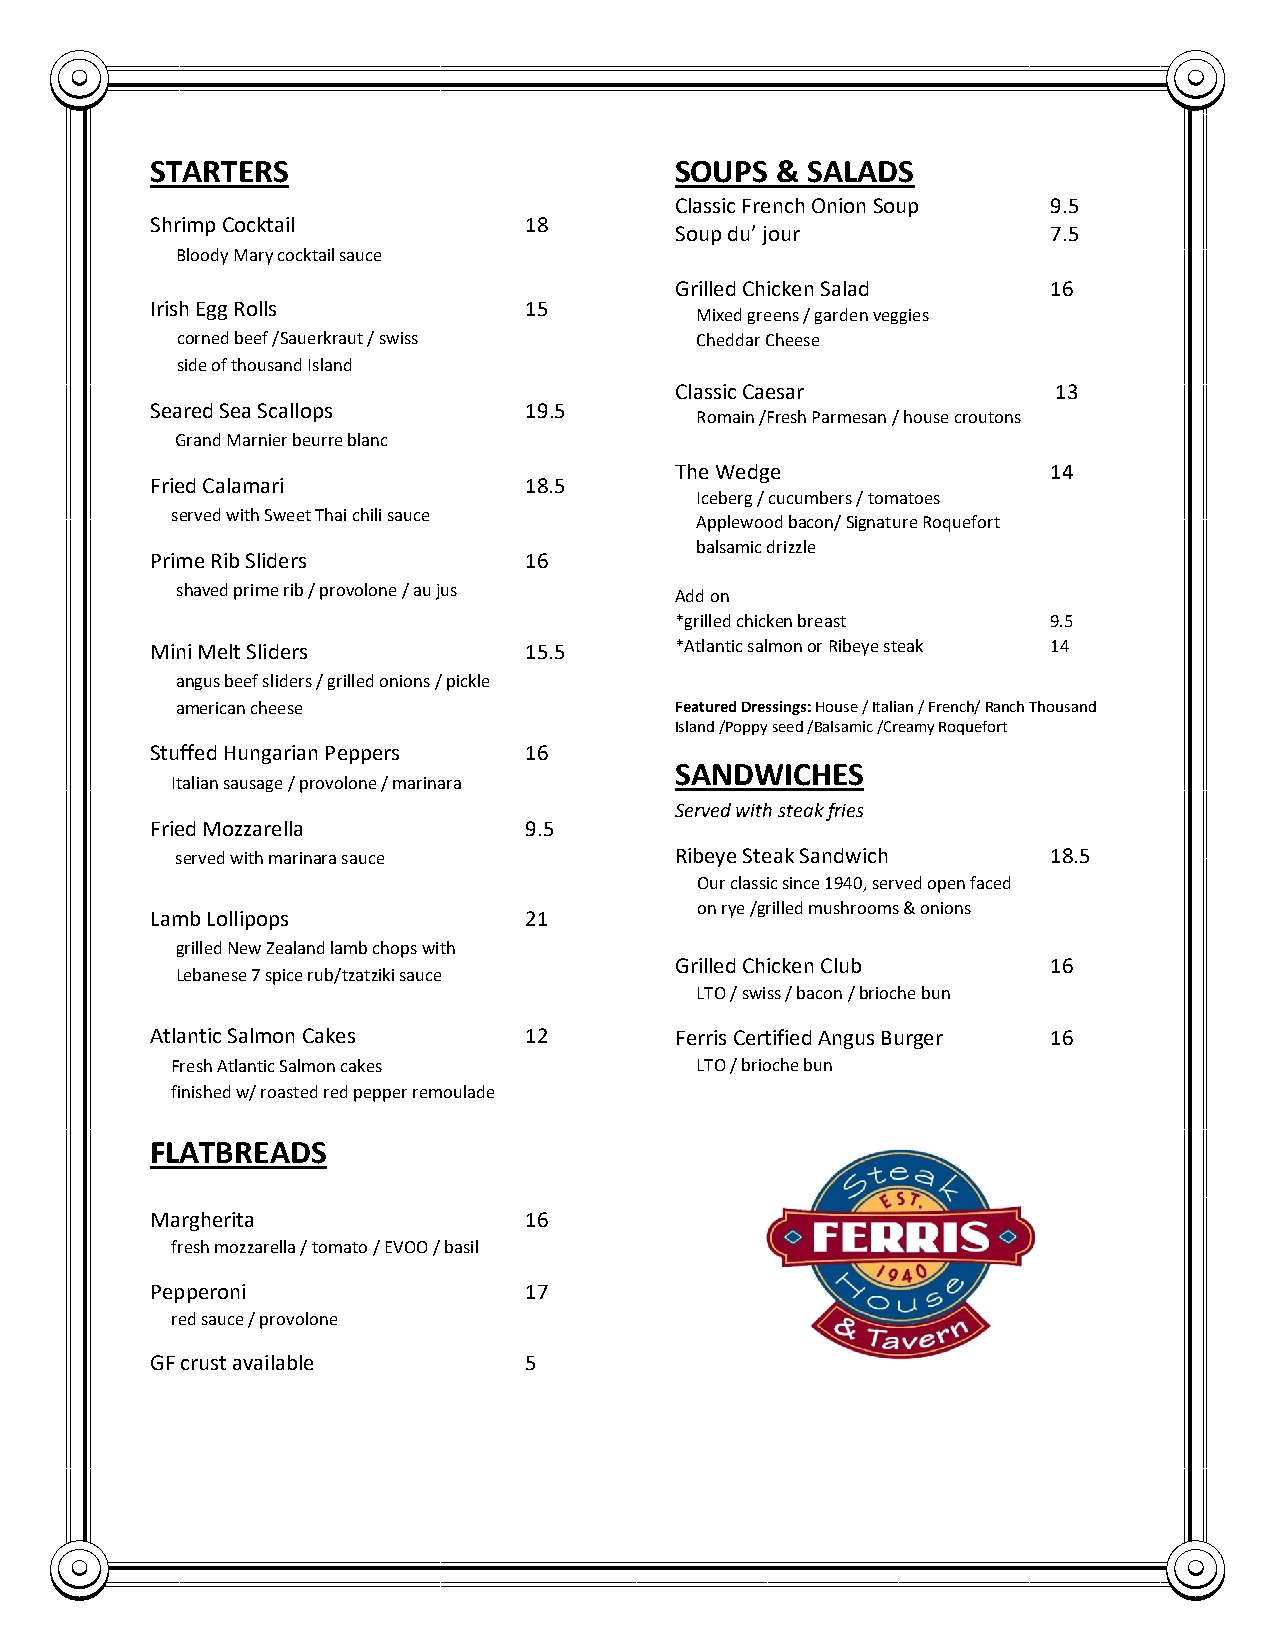
STARTERS                           SOUPS & SALADS
 Classic French Onion Soup 9.5
 Shrimp Cocktail          18
 Soup du’ jour            7.5
 Bloody Mary cocktail sauce
 Grilled Chicken Salad    16
 Irish Egg Rolls          15
 Mixed greens / garden veggies
 corned beef /Sauerkraut / swiss   C h e d d a r Cheese
 side of thousand Island
 Classic Caesar           13
 Seared Sea Scallops      19.5
 Romain /Fresh Parmesan / house croutons
 Grand Marnier beurre blanc
 The Wedge                14
 Fried Calamari           18.5
 Iceberg / cucumbers / tomatoes
 served with Sweet Thai chili sauce
 Applewood bacon/ Signature Roquefort
 balsamic drizzle
 Prime Rib Sliders        16
 shaved prime rib / provolone / au jus Add on
 *grilled chicken breast  9.5
 Mini Melt Sliders        15.5      *Atlantic salmon or Ribeye steak 14
 angus beef sliders / grilled onions / pickle
 american cheese                  Featured Dressings: House / Italian / French/ Ranch Thousand
 Island /Poppy seed /Balsamic /Creamy Roquefort
 Stuffed Hungarian Peppers 16
 SANDWICHES
 Italian sausage / provolone / marinara
 Served with steak fries
 Fried Mozzarella         9.5
 served with marinara sauce       Ribeye Steak Sandwich    18.5
 Our classic since 1940, served open faced
 on rye /grilled mushrooms & onions
 Lamb Lollipops           21
 grilled New Zealand lamb chops with
 Grilled Chicken Club     16
 Lebanese 7 spice rub/tzatziki sauce
 LTO / swiss / bacon / brioche bun
 Atlantic Salmon Cakes    12        Ferris Certified Angus Burger 16
 Fresh Atlantic Salmon cakes        LTO / brioche bun
 finished w/ roasted red pepper remoulade
 FLATBREADS
 Margherita               16
 fresh mozzarella / tomato / EVOO / basil
 Pepperoni                17
 red sauce / provolone
 GF crust available       5